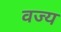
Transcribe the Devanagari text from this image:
वज्य